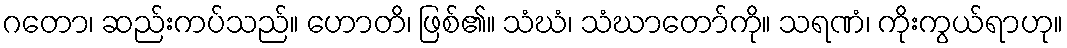
ဂတော၊ ဆည်းကပ်သည်။ ဟောတိ၊ ဖြစ်၏။ သံဃံ၊ သံဃာတော်ကို။ သရဏံ၊ ကိုးကွယ်ရာဟု။